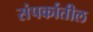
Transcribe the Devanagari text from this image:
संपर्कातील